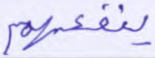
ينفعهم